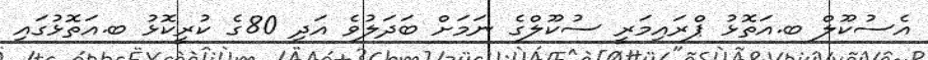
އެސުކޫލް ބ.އަތޮޅު ޕްރައިމަރީ ސުކޫލްގެ ނަމަށް ބަދަލުވެ އަދި 80ގެ ކުރީކޮޅު ބ.އަތޮޅުގައި